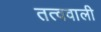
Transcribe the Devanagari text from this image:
तत्ववाली